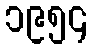
၁၉၅၄